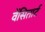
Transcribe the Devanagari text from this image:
वेंसितार्ट